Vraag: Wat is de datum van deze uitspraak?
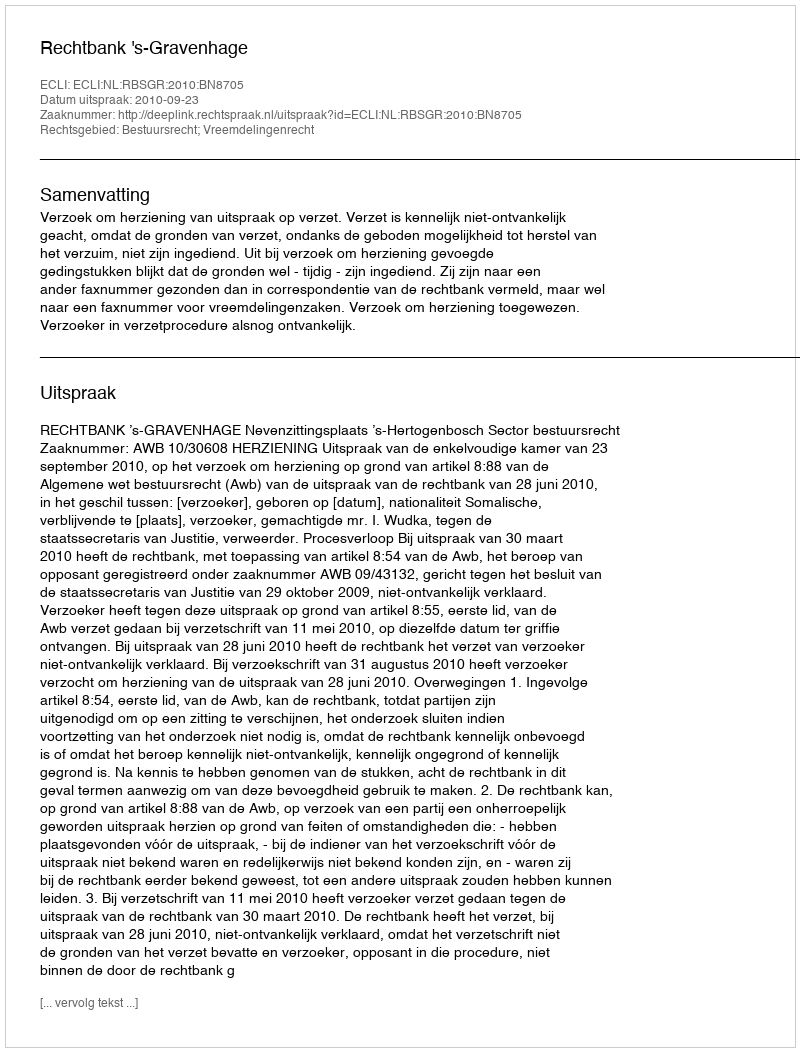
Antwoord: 2010-09-23